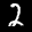
Label: 2